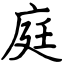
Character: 庭